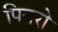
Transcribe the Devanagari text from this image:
पिनरो